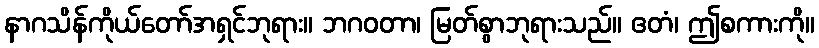
နာဂသိန်ကိုယ်တော်အရှင်ဘုရား။ ဘဂဝတာ၊ မြတ်စွာဘုရားသည်။ ဧတံ၊ ဤစကားကို။